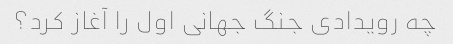
چه رویدادی جنگ جهانی اول را آغاز کرد؟